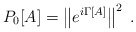
\begin{align*}P_0[A] = \left\Vert e^{i \Gamma[A]} \right\Vert^2 \; .\end{align*}